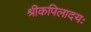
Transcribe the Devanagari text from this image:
श्रीकपिलादयः